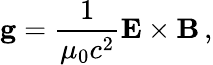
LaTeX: \mathbf{g}={\frac{1}{\mu_{0}c^{2}}}\mathbf{E}\times\mathbf{B}\, ,